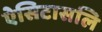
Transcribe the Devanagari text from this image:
ऐसिटासलि